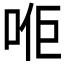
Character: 𠳔